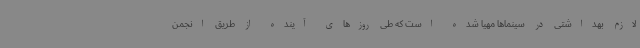
لازم بهداشتی در سینماها مهیا شده است که طی روزهای آینده از طریق انجمن